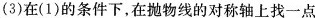
(3)在(1)的条件下，在抛物线的对称轴上找一点